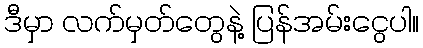
ဒီမှာ လက်မှတ်တွေနဲ့ ပြန်အမ်းငွေပါ။